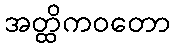
အတ္ထိကဝတော